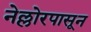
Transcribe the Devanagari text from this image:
नेल्लोरपासून